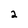
Character: 2